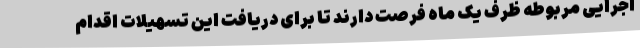
اجرایی مربوطه ظرف یک ماه فرصت دارند تا برای دریافت این تسهیلات اقدام